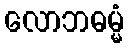
လောဘဓမ္မံ